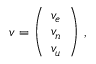
{ \boldsymbol { v } } = { \left( \begin{array} { l } { v _ { e } } \\ { v _ { n } } \\ { v _ { u } } \end{array} \right) } \ ,